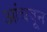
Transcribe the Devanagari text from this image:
आंबवून